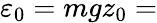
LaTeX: \varepsilon_{0}=mgz_{0}=